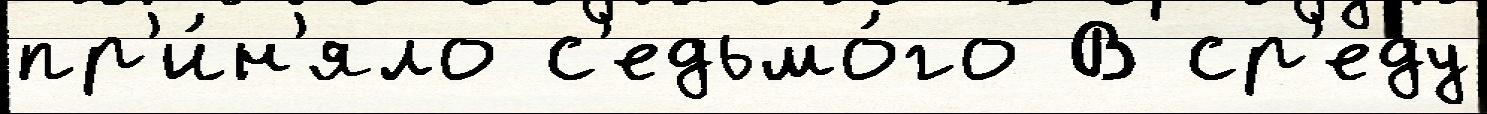
пр'и́н'яло с'едьмо́го В ср'еду